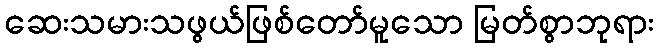
ဆေးသမားသဖွယ်ဖြစ်တော်မူသော မြတ်စွာဘုရား